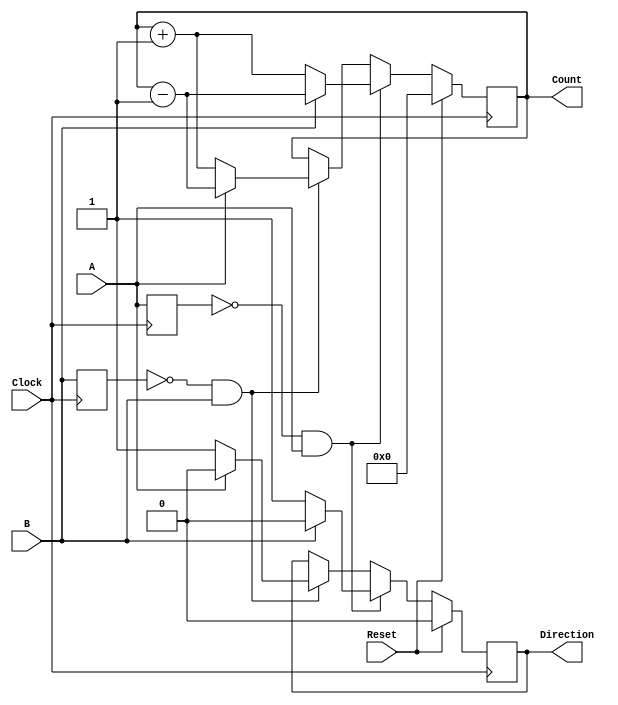
module rotary_encoder (
    input wire A,          // First output signal from the rotary encoder
    input wire B,          // Second output signal from the rotary encoder
    input wire Reset,      // Reset signal
    input wire Clock,      // Clock signal for synchronization
    output reg [7:0] Count, // 8-bit binary count representing the position
    output reg Direction    // Direction signal (1 for CW, 0 for CCW)
);

    reg A_prev, B_prev;    // Registers to hold previous states of A and B

    // Always block triggered on the rising edge of the clock
    always @(posedge Clock) begin
        if (Reset) begin
            Count <= 8'b0;  // Reset the count to zero
            Direction <= 1'b0; // Reset direction
        end else begin
            // Detect transitions
            if (A_prev == 1'b0 && A == 1'b1) begin // A rising edge
                if (B == 1'b0) begin
                    Count <= Count + 1; // CW
                    Direction <= 1'b1;   // CW
                end else begin
                    Count <= Count - 1; // CCW
                    Direction <= 1'b0;   // CCW
                end
            end else if (B_prev == 1'b0 && B == 1'b1) begin // B rising edge
                if (A == 1'b1) begin
                    Count <= Count - 1; // CCW
                    Direction <= 1'b0;   // CCW
                end else begin
                    Count <= Count + 1; // CW
                    Direction <= 1'b1;   // CW
                end
            end
        end
        
        // Update previous states
        A_prev <= A;
        B_prev <= B;
    end

endmodule